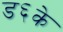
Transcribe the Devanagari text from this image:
ड६के